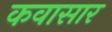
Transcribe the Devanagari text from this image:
कवासार